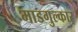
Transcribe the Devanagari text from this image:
माडगुल्कार्